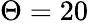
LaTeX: \Theta=20